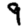
Digit: 9